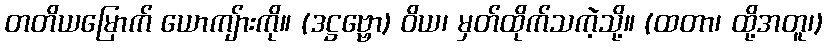
တတိယမြောက် ယောကျ်ားကို။ (ဒဋ္ဌဗ္ဗော) ဝိယ၊ မှတ်ထိုက်သကဲ့သို့။ (ထတာ၊ ထို့အတူ၊)